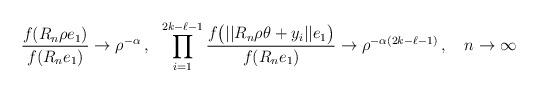
LaTeX: \begin{align*} \frac{f(R_n\rho e_1)}{f(R_ne_1)} \to \rho^{-\alpha}\,, \ \ \prod_{i=1}^{2k-\ell-1} \frac{f \bigl( ||R_n \rho \theta + y_i|| e_1 \bigr)}{f(R_ne_1)} \to \rho^{-\alpha(2k-\ell-1)}\,, \ \ \ n \to \infty\end{align*}